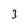
Character: 3